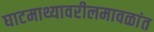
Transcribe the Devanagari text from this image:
घाटमाथ्यावरीलमावळांत